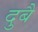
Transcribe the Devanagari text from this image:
दुबै